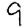
Digit: 9